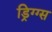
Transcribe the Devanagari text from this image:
ड्रिग्ग्स